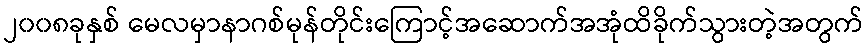
၂၀၀၈ခုနှစ် မေလမှာနာဂစ်မုန်တိုင်းကြောင့်အဆောက်အအုံထိခိုက်သွားတဲ့အတွက်